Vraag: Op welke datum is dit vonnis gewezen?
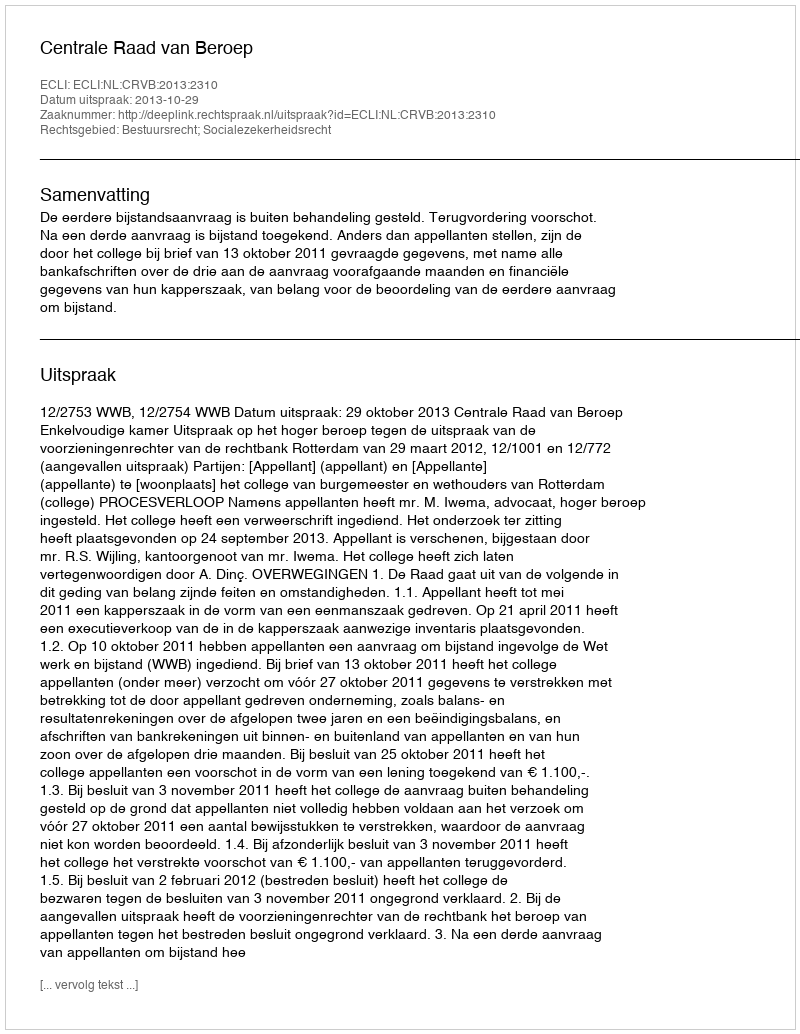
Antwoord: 2013-10-29